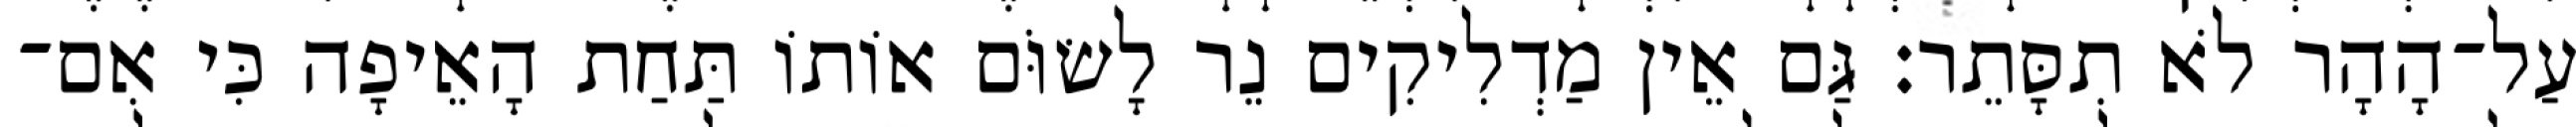
עַל־הָהָר לֹא תִסָּתֵר׃ גַּם אֵין מַדְלִיקִים נֵר לָשׂוֹּם אוֹתוֹ תַּחַת הָאֵיפָה כִּי אִם־